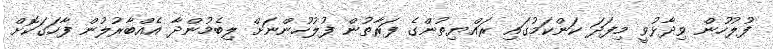
ފުލުހުން ވިދާޅުވީ މިފަދަ ކަންކަމުގައި ރައްޔިތުންގެ ފަރާތުން ފުލުހުންނަށް ލިބެމުންދާ އެއްބާރުލުން ފާހަގަކޮށް